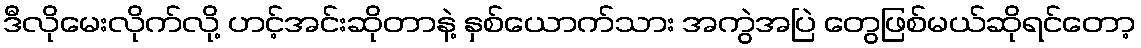
ဒီလိုမေးလိုက်လို့ ဟင့်အင်းဆိုတာနဲ့ နှစ်ယောက်သား အကွဲအပြဲ တွေဖြစ်မယ်ဆိုရင်တော့